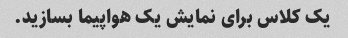
یک کلاس برای نمایش یک هواپیما بسازید.